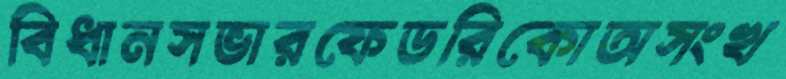
বিধানসভারফেডরিকোঅসংখ